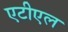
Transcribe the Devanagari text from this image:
एटीएल